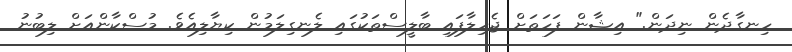
ހިނގާދެން ނިދަން." އިޝާން ފަހަތަށް ޖެހިލާފައި ބާލީސްތަކުގައި ލެނގިލަމުން ކިޔާލިއެވެ. މުސްކާންއަށް ލިބުނު